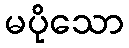
မပိုသော